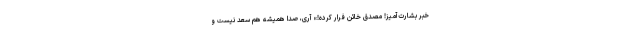
خبر بشارت‌آمیز! مصدق خائن فرار کرده!» آری، صدا همیشه هم سعد نیست و